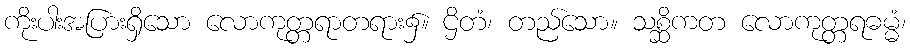
ကိုးပါးအပြားရှိသော လောကုတ္တရာတရား၌။ ဌိတံ၊ တည်သော။ သစ္ဆိကတ လောကုတ္တရဓမ္မံ၊